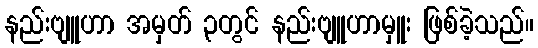
နည်းဗျူဟာ အမှတ် ၃တွင် နည်းဗျူဟာမှူး ဖြစ်ခဲ့သည်။